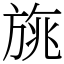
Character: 旐